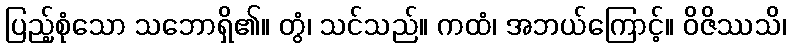
ပြည့်စုံသော သဘောရှိ၏။ တွံ၊ သင်သည်။ ကထံ၊ အဘယ်ကြောင့်။ ဝိဇိဿသိ၊